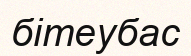
бітеубас